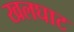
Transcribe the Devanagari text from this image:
खलघाट